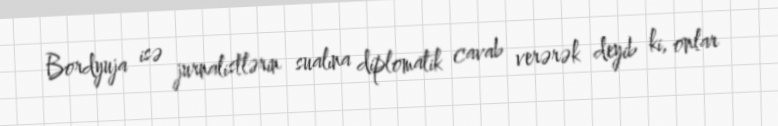
Bordyuja isə jurnalistlərin sualına diplomatik cavab verərək deyib ki, onlar